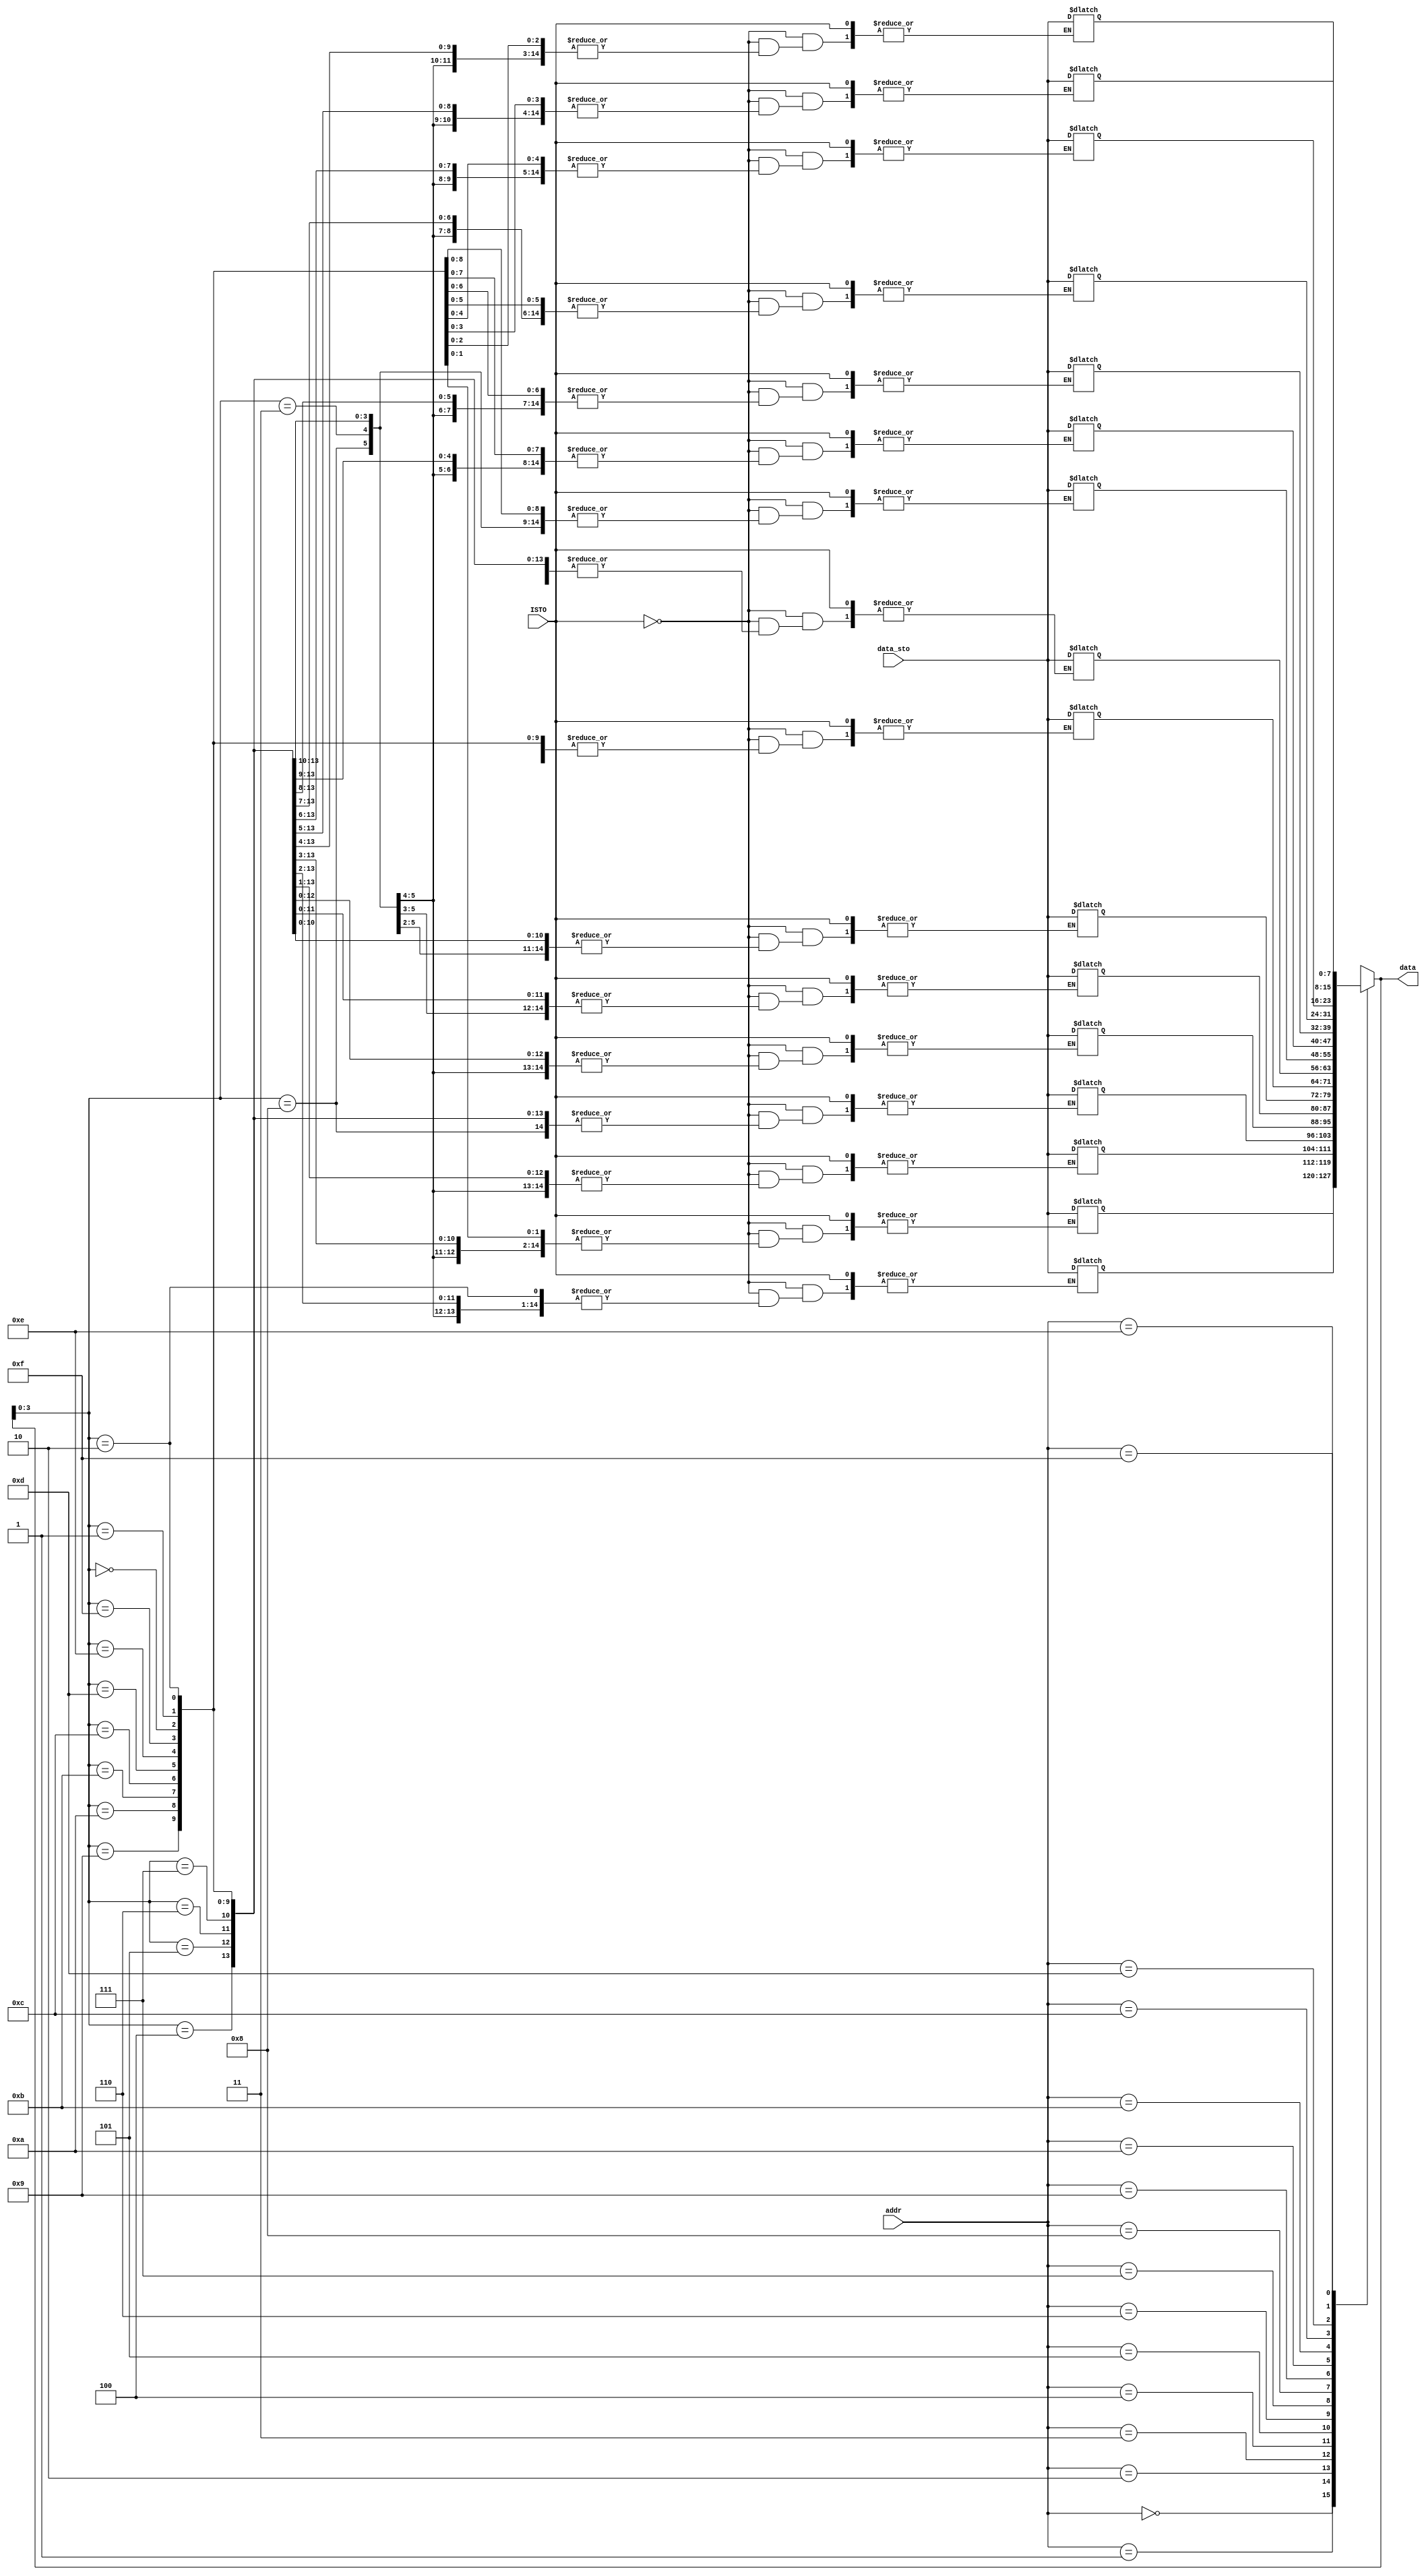
`timescale 1ns / 1ps
//////////////////////////////////////////////////////////////////////////////////
// Company: 
// Engineer: 
// 
// Design Name: 
// Module Name: M
// Project Name: 
// Target Devices: 
// Tool Versions: 
// Description: 
// 
// Dependencies: 
// 
// Revision:
// Revision 0.01 - File Created
// Additional Comments:
// 
//////////////////////////////////////////////////////////////////////////////////

module M( data,addr,data_sto,ISTO);
 
    output wire [7:0] data;
    input [3:0] addr;
    input [7:0] data_sto;
    input ISTO;
    reg [7:0] memory [4'hf:0];
    //reg [3:0] addr_a;
    initial begin
    memory[4'h0]=8'b0001_0000;//LD
    memory[4'h1]=8'b0000_0101;//5
    memory[4'h2]=8'b0001_0001;//ADD
    memory[4'h3]=8'b0000_1011;//11
    memory[4'h4]=8'b0001_0010;//SUB
    memory[4'h5]=8'b0001_0001;//17
    memory[4'h6]=8'b0001_0011;//AND
    memory[4'h7]=8'b0000_1000;//8
    memory[4'h8]=8'b0001_0100;//OR
    memory[4'h9]=8'b0000_1001;//9
    memory[4'ha]=8'b0001_0001;//ADD
    memory[4'hb]=8'b0000_0110;//6
    memory[4'hc]=8'b0000_0101;//STO
    memory[4'hd]=8'b0000_0101;//5
    memory[4'he]=8'b0001_0010;//SUB
    memory[4'hf]=8'b0000_0111;//7
    

    //memory[4'hf]=8'h01;
    //memory[4'he]=8'h02;
    //memory[4'hd]=8'h03;
    //memory[4'hc]=8'h04;
    end
    assign data=memory[addr];
    always @(*)
    begin
    if(!ISTO)
    memory[data] =data_sto;
    end
   
    //81_1111_1111
    //readenableaddr
endmodule